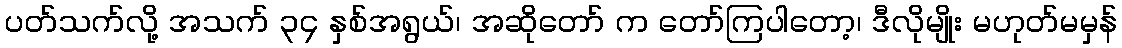
ပတ်သက်လို့ အသက် ၃၄ နှစ်အရွယ်၊ အဆိုတော် က တော်ကြပါတော့၊ ဒီလိုမျိုး မဟုတ်မမှန်